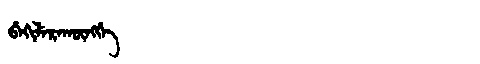
Manchu: ᠪᡝᡴᡳᠯᡝᡵᠠᡴᡡᠩᡤᡝ
Romanization: BEKILERAKŪNGGE